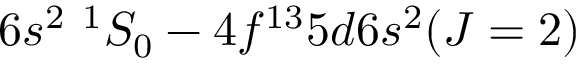
6 s ^ { 2 } ~ ^ { 1 } S _ { 0 } - 4 f ^ { 1 3 } 5 d 6 s ^ { 2 } ( J = 2 )